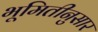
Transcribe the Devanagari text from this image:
भूमितीनुसार